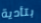
بتأدية